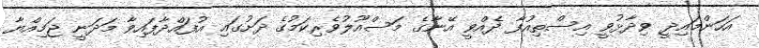
އަހަންމައިދީ ވިދާޅުވީ އިސްތިއުފާ ދެއްވީ އޭނާގެ މަސްއޫލުވެރިކަމުގެ ދަށުގައި އުފައްދާފައިވާ މަދަނީ ޖަމިއްޔާ